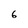
Character: 6